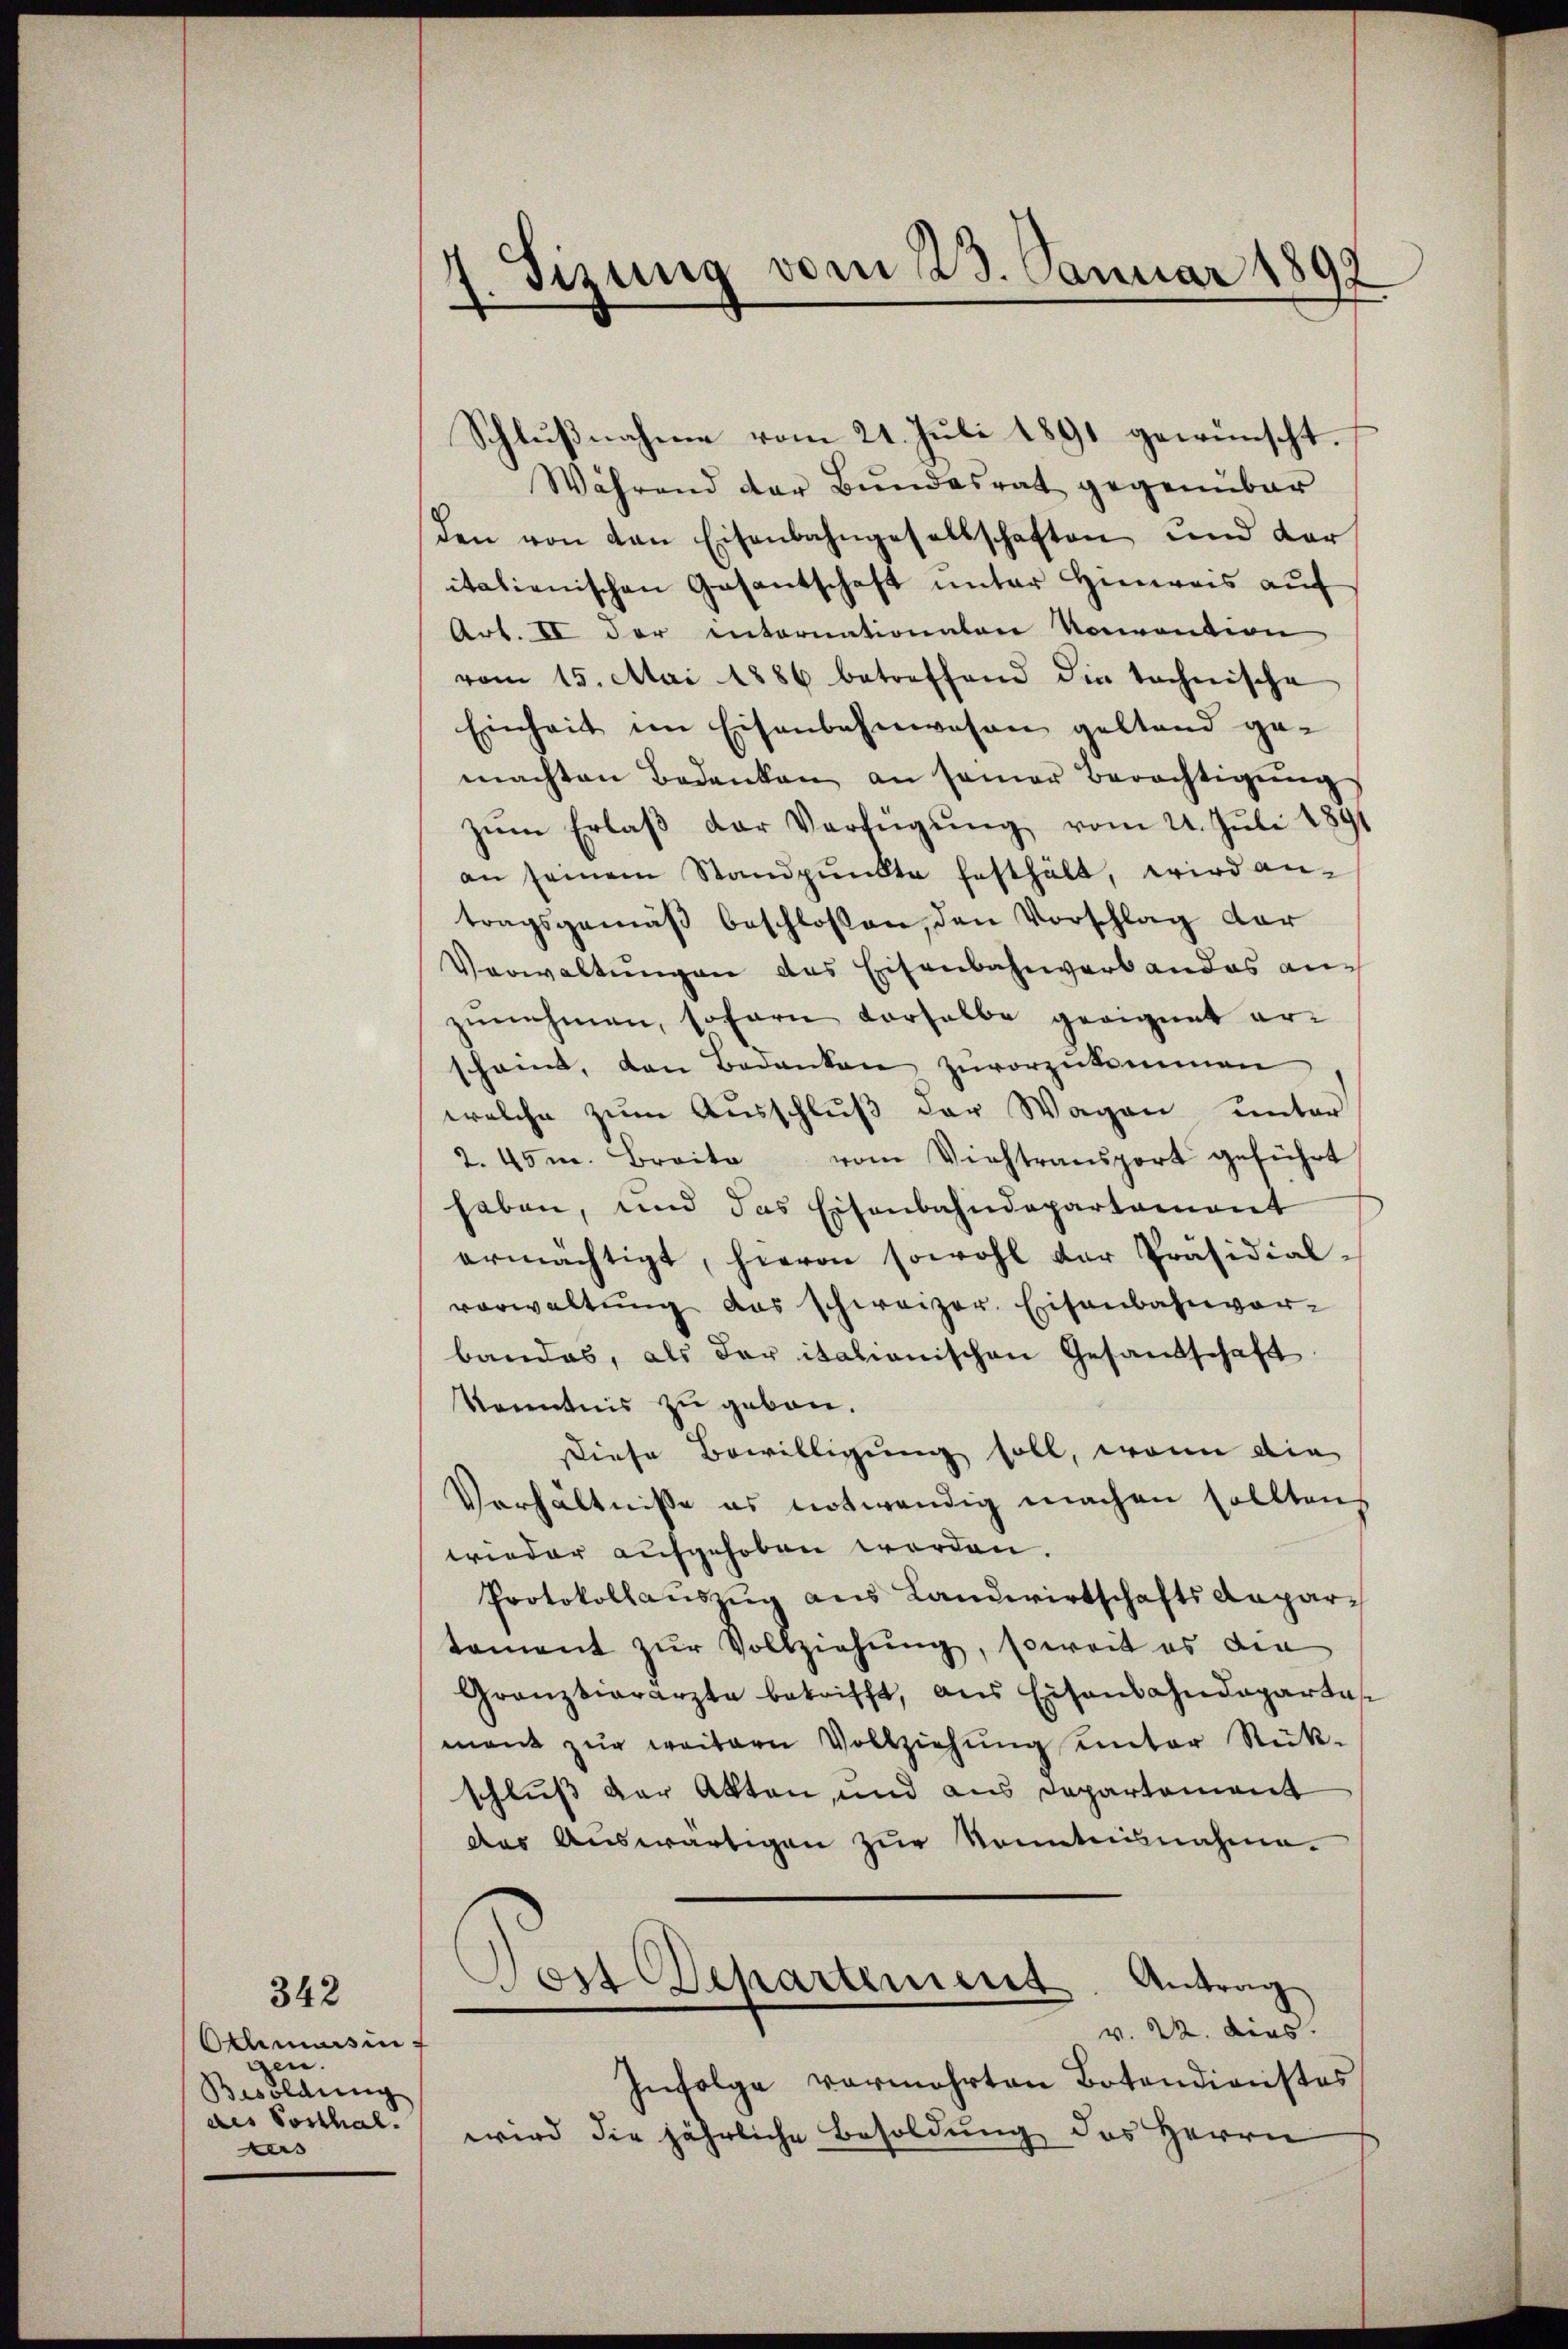
Omasin
gen.
Besoldung
des Posthal.
Aus

342

dizung vom 23. Januar 1897

Schlußnahme vom 21. Juli 1891 gewünscht.
Während der Bundesrat gegenüber
den von den Eisenbahngesellschaften und der
italienischen Gasantschaft unter Hinweis auf
Art. II der internationaten Konvention
vom 15. Mai 1886 betreffend die technische
Einheit im Eisenbahnwesen gestand gemachten Bedenken an seiner Berechtigŭng
zŭm Erlaβ der Verfügŭng vom 24. Juli 189
an seinem Standpŭnkte festhält, wird an-
tragsgemäβ beschlossen, den Vorschlag dar
Verwaltŭngen des Eisenbahnverbandes auf
zunehmen, sofern vorhalbe geeignet er-
scheint, den Bedanken zuvorzŭkommen
welche zum Ausschluß der Wagen unter
2.45m. Breite vom Viehtransport geführt
haben, und das Eisenbahndepartament
ermächtigt, hievon sowohl der Präsidial-
vorwaltŭng das schweizer. Eisenbahnvor-
bandes, als der italionischen Gesandschaft
Kenntnis zu geben.
Diese Bewilligung soll, wenn die
Verhältnisse es notwendig machen sollten.
wieder aufgehoben worden.
Protokollaŭszŭg aŭs Landwirtschaftsdepar-
tament zur Vollziehung, soweit es die
Granzvierarzte betrifft, aus Eisansahndeparta
mant zŭr weitern Vollziehŭng ŭnter Rük-
schluß der Akten, und aus Departement
des Auswärtigen zŭr Kenntnisnahme.
ost Departement
Antrag
2
v. 22. dies. |
Infolge vermehrten Botendienstes
wird die jährliche Besoldung des Herrn